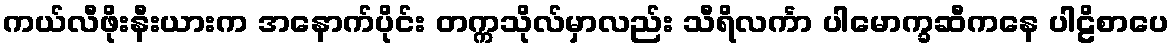
ကယ်လီဖိုးနီးယားက အနောက်ပိုင်း တက္ကသိုလ်မှာလည်း သီရိလင်္ကာ ပါမောက္ခဆီကနေ ပါဠိစာပေ